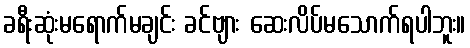
ခရီးဆုံးမရောက်မချင်း ခင်ဗျား ဆေးလိပ်မသောက်ရပါဘူး။